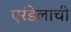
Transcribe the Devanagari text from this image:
एरंडेलाची